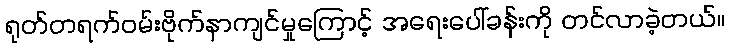
ရုတ်တရက်ဝမ်းဗိုက်နာကျင်မှုကြောင့် အရေးပေါ်ခန်းကို တင်လာခဲ့တယ်။